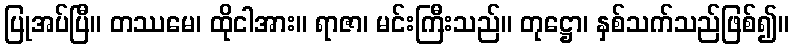
ပြုအပ်ပြီ။ တဿမေ၊ ထိုငါအား။ ရာဇာ၊ မင်းကြီးသည်။ တုဋ္ဌော၊ နှစ်သက်သည်ဖြစ်၍။